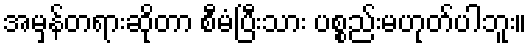
အမှန်တရားဆိုတာ စီမံပြီးသား ပစ္စည်းမဟုတ်ပါဘူး။